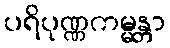
ပရိပုဏ္ဏကမ္မန္တာ